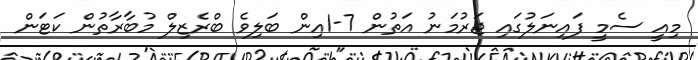
މިއީ ސެމީ ފައިނަލުގައި ޖަރުމަނު އަތުން 7-1އިން ބަލިވެ ބްރެޒިލް މުބާރާތުން ކަޓަން